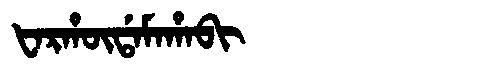
Manchu: ᡶᠠᡵᡥᡡᡩᠠᠮᠠᡥᠠᠪᡳ
Romanization: FARHŪDAMAHABI